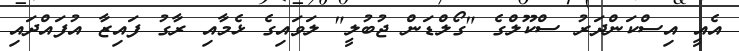
އެއީ އިސްކަންދަރު ސްކޫލްގެ "ގޯލްޑަން ޖުބުލީ" ލަވައިގެ ޅެމާއި ރާގު ފައިޒާ އުފައްދައި